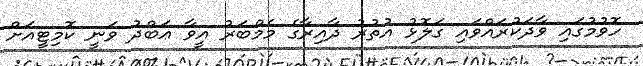
ހޮވުމުގައި ވާދަކުރައްވައި ގަލޮޅު އުތުރު ދާއިރާގެ މެމްބަރު އީވާ ޢަބްދު ވަނީ ކޮމިޓީއަށް